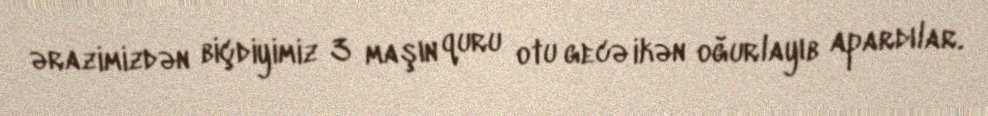
ərazimizdən biçdiyimiz 3 maşın quru otu gecə ikən oğurlayıb apardılar.